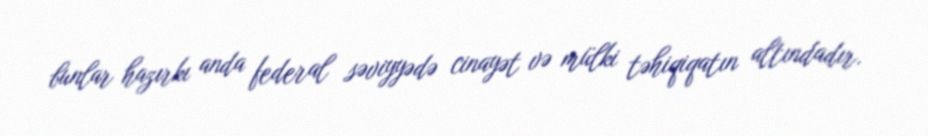
bunlar hazırkı anda federal səviyyədə cinayət və mülki təhiqiqatın altındadır.